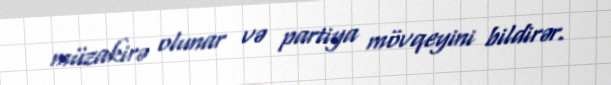
müzakirə olunar və partiya mövqeyini bildirər.